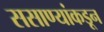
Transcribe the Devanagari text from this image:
ससाण्यांकडून